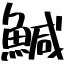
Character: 鰔